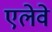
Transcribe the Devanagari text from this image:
एलेवे